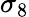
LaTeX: \sigma_{8}